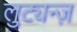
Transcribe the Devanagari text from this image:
लुट्यन्ज़